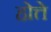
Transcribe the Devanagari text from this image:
होत्ते